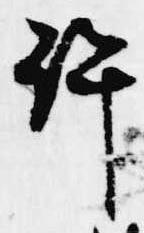
計